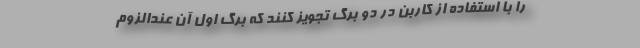
را با استفاده از کاربن در دو برگ تجویز کنند که برگ اول آن عندالزوم